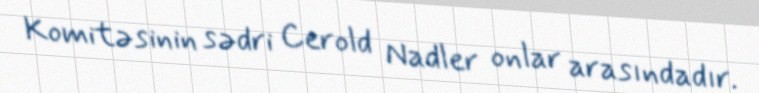
Komitəsinin sədri Cerold Nadler onlar arasındadır.